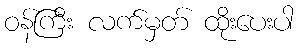
ဝန်ကြီး လက်မှတ် ထိုးပေးပါ